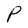
Character: P